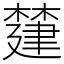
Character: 㯬